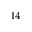
^ { 1 4 }